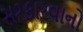
સરકારવાનો